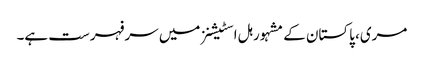
مری، پاکستان کے مشہور ہل اسٹیشنز میں سرفہرست ہے۔